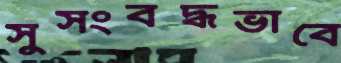
সুসংবদ্ধভাবে